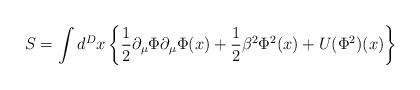
\begin{align*} S = \int d^{D}x \left\{ \frac{1}{2} \partial_{\mu} \Phi \partial_{\mu} \Phi(x) + \frac{1}{2} \beta^{2} \Phi^{2}(x) + U(\Phi^{2})(x) \right\}\end{align*}